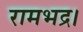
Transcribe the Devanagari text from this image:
रामभद्र।